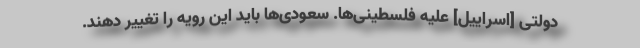
دولتی [اسراییل] علیه فلسطینی‌ها. سعودی‌ها باید این رویه را تغییر دهند.